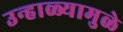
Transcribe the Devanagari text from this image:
उन्हाळ्यामुळे